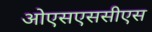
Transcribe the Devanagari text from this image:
ओएसएससीएस